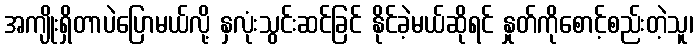
အကျိုးရှိတာပဲပြောမယ်လို့ နှလုံးသွင်းဆင်ခြင် နိုင်ခဲ့မယ်ဆိုရင် နှုတ်ကိုစောင့်စည်းတဲ့သူ၊